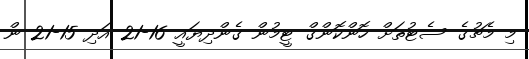
މި މެޗުގެ ސެޓުތަށް ހޮންކޮންގް ޓީމުން ގެންދިޔައީ 16-21 އަދި 15-21 ން